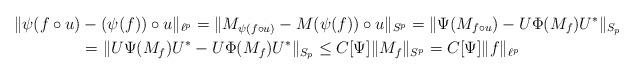
LaTeX: \begin{align*}\|\psi(f\circ u)&-(\psi(f))\circ u\|_{\ell^p}= \|M_{\psi(f\circ u)}-M{(\psi(f))\circ u}\|_{S^p}=\|\Psi(M_{f\circ u})-U\Phi(M_f)U^*\|_{S_p}\\&= \|U\Psi(M_{f})U^*-U\Phi(M_f)U^*\|_{S_p}\leq C[\Psi]\|M_f\|_{S^p}=C[\Psi]\|f\|_{\ell^p}\end{align*}